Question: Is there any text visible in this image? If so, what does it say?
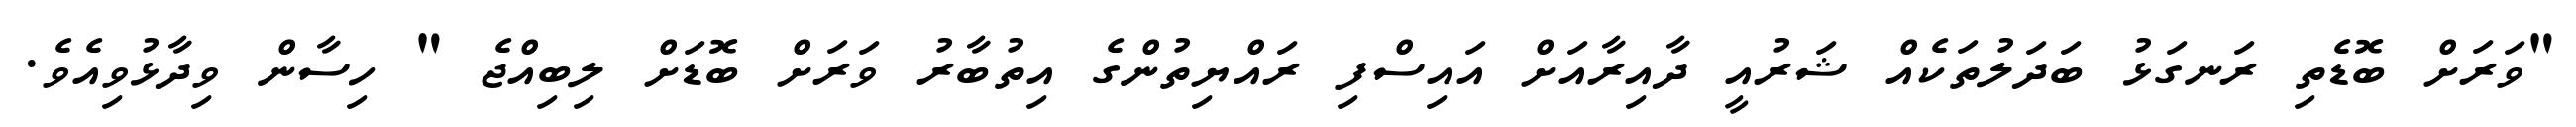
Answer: "ވަރަށް ބޮޑެތި ރަނގަޅު ބަދަލުތަކެއް ޝަރުއީ ދާއިރާއަށް އައިސްފި ރައްޔިތުންގެ އިތުބާރު ވަރަށް ބޮޑަށް ލިބިއްޖެ " ހިސާން ވިދާޅުވިއެވެ.